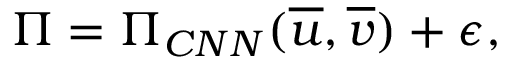
\Pi = \Pi _ { C N N } ( \overline { { u } } , \overline { { v } } ) + \epsilon ,